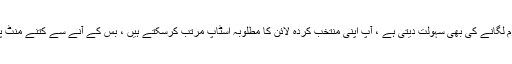
ہماری درخواست کے ذریعہ ، جو آپ کو مطلوبہ بس لائنوں پر الارم لگانے کی بھی سہولت دیتی ہے ، آپ اپنی منتخب کردہ لائن کا مطلوبہ اسٹاپ مرتب کرسکتے ہیں ، بس کے آنے سے کتنے منٹ پہلے ، آپ اپنے طے شدہ گھنٹوں کے درمیان مطلع کرنا چاہتے ہیں۔